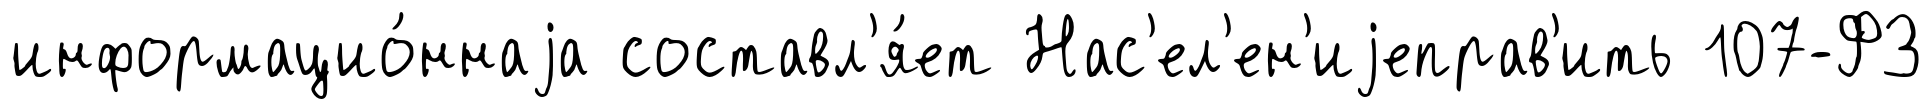
информацио́ннаjа составл'я́ет Нас'ел'ен'иjеправ'ить 107-ФЗ